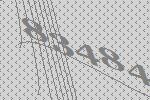
83484